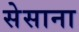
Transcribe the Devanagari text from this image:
सेसाना